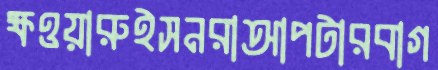
ক্ষওয়ারুইসনরাআপটারবাগ